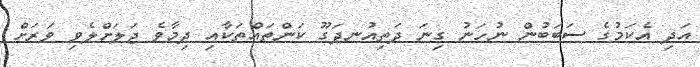
އަދި އެކަމުގެ ސަބަބުން ނުހަނު ގިނަ ދަތިއުނދަގޫ ކަންތައްތަކާއި ދިމާވެ ޖަލަށްލެވި ވަރަށް